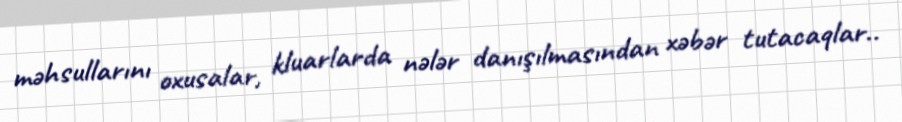
məhsullarını oxusalar, kluarlarda nələr danışılmasından xəbər tutacaqlar..